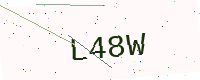
Text: L48W